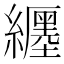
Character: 𬘉